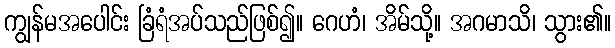
ကျွန်မအပေါင်း ခြံရံအပ်သည်ဖြစ်၍။ ဂေဟံ၊ အိမ်သို့။ အဂမာသိ၊ သွား၏။